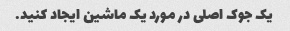
یک جوک اصلی در مورد یک ماشین ایجاد کنید.